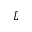
\tilde { L }